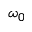
\omega _ { 0 }